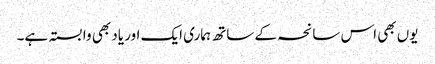
یوں بھی اس سانحہ کے ساتھ ہماری ایک اور یاد بھی وابستہ ہے۔